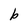
Character: b